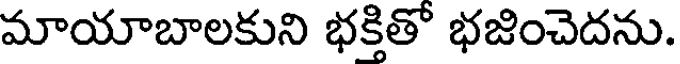
మాయాబాలకుని భక్తితో భజించెదను.